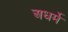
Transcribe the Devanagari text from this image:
अधर्मे